Civil Veterinary Dept. Assam report 1911-1927 - 1911-1927
Year: 1911
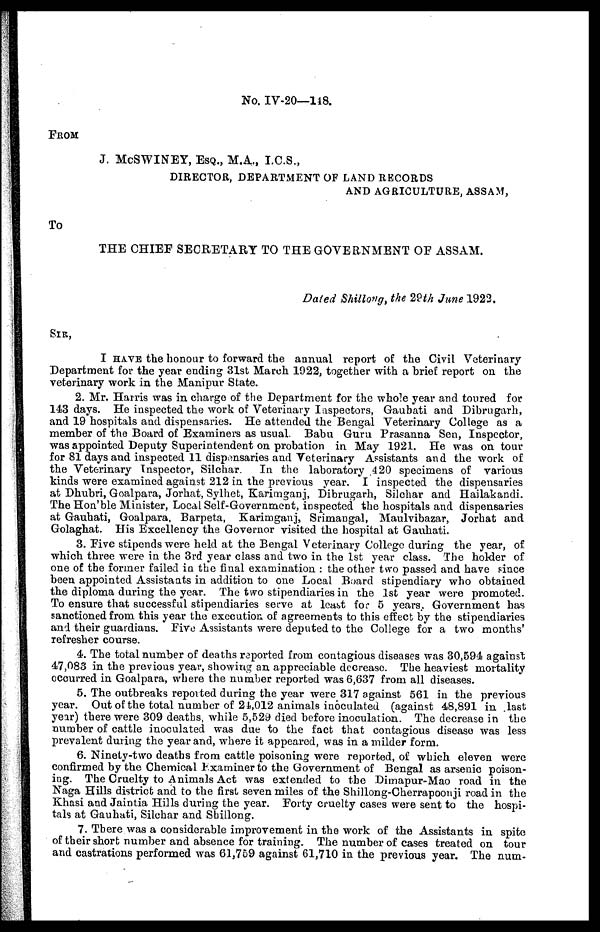
No. IV-20—148.
FROM
J. McSWINEY, ESQ., M.A„ I.C.S.,
DIRECTOR, DEPARTMENT OF LAND RECORDS
AND AGRICULTURE, ASSAM,
To
THE CHIEF SECRETARY TO THE GOVERNMENT OF ASSAM.
Dated Shillong, the 29th June 1922.
SIR,
I HAVE the honour to forward the annual report of the Civil Veterinary
Department for the year ending 31st March 1922, together with a brief report on the
veterinary work in the Manipur State.
2. Mr. Harris was in charge of the Department for the whole year and toured for
143 days. He inspected the work of Veterinary Inspectors, Gaubati and Dibrugarh,
and 19 hospitals and dispensaries. He attended the Bengal Veterinary College as a
member of the Board of Examiners as usual. Babu Guru Prasanna Sen, Inspector,
was appointed Deputy Superintendent on probation in May 1921. He was on tour
for 81 days and inspected 11 dispensaries and Veterinary Assistants and the work of
the Veterinary Inspector, Silchar.
In the laboratory 420 specimens of various
kinds were examined against 212 in the previous year. I inspected the dispensaries
at Dhubri, Goalpara, Jorhat, Sylhet, Karimganj, Dibrugarh, Silchar and Hailakandi.
TheHon'ble Minister, Local Self-Government, inspected the hospitals and dispensaries
at Gauhati, Goalpara, Barpeta, Karimganj, Srimangal, Maulvibazar, Jorhat and
Golaghat. His Excellency the Governor visited the hospital at Gauhati.
3. Five stipends were held at the Bengal Veterinary College during the year, of
which three were in the 3rd year class and two in the 1st year class. The holder of
one of the former failed in the final examination : the other two passed and have since
been appointed Assistants in addition to one Local Board stipendiary who obtained
the diploma during the year. The two stipendiaries in the 1st year were promoted.
To ensure that successful stipendiaries serve at least for 5 years, Government has
sanctioned from this year the execution of agreements to this effect by the stipendiaries
and their guardians. Five Assistants were deputed to the College for a two months'
refresher course.
4. The total number of deaths reported from contagious diseases was 30,594 against
47,085 in the previous year, showing an appreciable decrease. The heaviest mortality
occurred in Goalpara, where the number reported was 6,637 from all diseases.
5. The outbreaks reported during the year were 317 against 561 in the previous
year. Out of the total number of 24,012 animals inoculated (against 48,891 in last
year) there were 309 deaths, while 5,529 died before inoculation. The decrease in the
number of cattle inoculated was due to the fact that contagious disease was less
prevalent during the year and, where it appeared, was in a milder form.
6. Ninety-two deaths from cattle poisoning were reported, of which eleven were
confirmed by the Chemical Examiner to the Government of Bengal as arsenic poison-
ing. The Cruelty to Animals Act was extended to the Dimapur-Mao road in the
Naga Hills district and to the first seven miles of the Shillong-Cherrapoonji road in the
Khasi and Jaintia Hills during the year. Forty cruelty cases were sent to the hospi-
tals at Gauhati, Silchar and Shillong.
7. There was a considerable improvement in the work of the Assistants in spite
of their short number and absence for training. The number of cases treated on tour
and castrations performed was 61,759 against 61,710 in the previous year. The num-